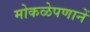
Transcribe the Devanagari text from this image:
मोकळेपणानें